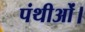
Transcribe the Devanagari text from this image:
पंथीओं।